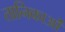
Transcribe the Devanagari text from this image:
तानिकाओं